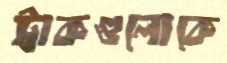
ট্রাকগুলোকে